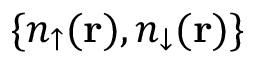
\{ n _ { \uparrow } ( { \bf r } ) , n _ { \downarrow } ( { \bf r } ) \}